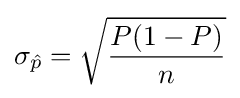
\sigma _{\hat {p}}={\sqrt {\frac {P(1-P)}{n}}}